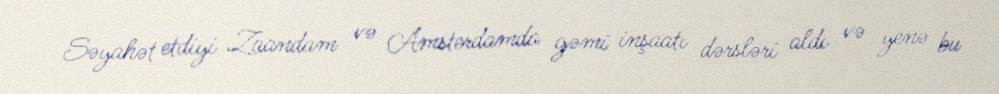
Səyahət etdiyi Zaandam və Amsterdamda gəmi inşaatı dərsləri aldı və yenə bu